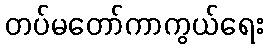
တပ်မတော်ကာကွယ်ရေး